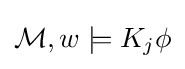
{\mathcal {M}},w\models K_{j}\phi